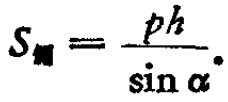
$S_{侧}=\frac{ph}{\sin\alpha}.$